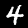
Digit: 4